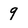
Character: 9